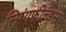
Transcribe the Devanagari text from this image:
स्प्रिंगफील्ड्स